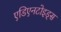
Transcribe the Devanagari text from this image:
एडिएनटोइड्स